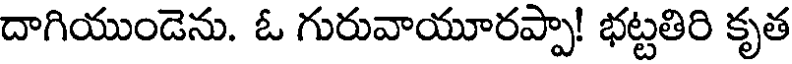
దాగియుండెను. ఓ గురువాయూరప్పా! భట్టతిరి కృత